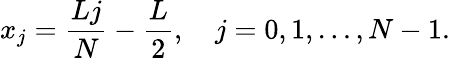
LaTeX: x_{j}=\frac{Lj}{N}-\frac{L}{2},\quad j=0,1,\dots,N-1.